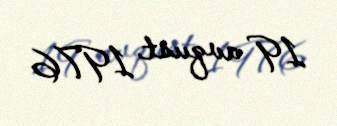
19 avqust 1976